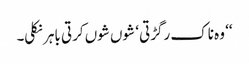
‘‘ وہ ناک رگڑتی ‘ شوں شوں کرتی باہر نکلی۔